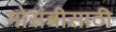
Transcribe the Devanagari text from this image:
मोसंबीसाठी